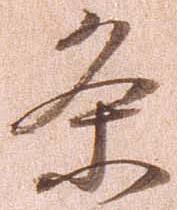
条